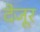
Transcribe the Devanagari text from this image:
देजूर